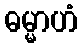
ဓမ္မာဟံ